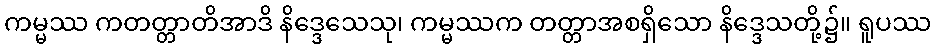
ကမ္မဿ ကတတ္တာတိအာဒိ နိဒ္ဒေသေသု၊ ကမ္မဿက တတ္တာအစရှိသော နိဒ္ဒေသတို့၌။ ရူပဿ